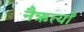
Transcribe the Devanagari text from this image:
नैऋर्त्यां